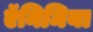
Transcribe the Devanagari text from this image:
ऍनिमिया